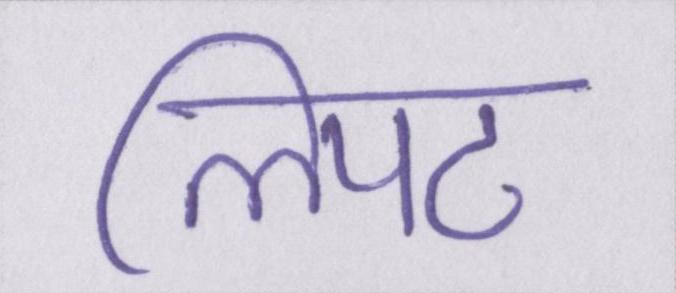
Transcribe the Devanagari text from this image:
लिपट